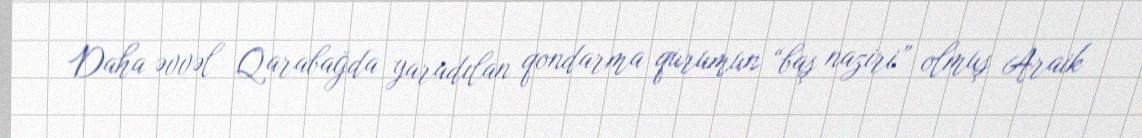
Daha əvvəl Qarabağda yaradılan qondarma qurumun “baş naziri” olmuş Araik